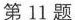
第11题